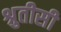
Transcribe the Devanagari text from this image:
श्रुतीसी